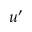
u ^ { \prime }